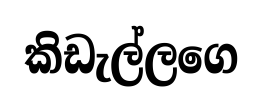
කිඩැල්ලගෙ